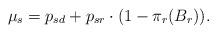
LaTeX: \begin{align*}\mu_s=p_{sd}+p_{sr} \cdot (1-\pi_r(B_r)). \end{align*}